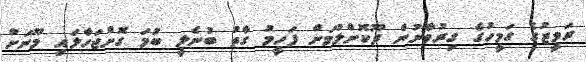
ރަމީޒުގެ ގަމީހުގެ ގިރުވާނުން ދޫކޮށްލުމަށް ފަހީމު ގާތު ބުނެލީ ބުމަ ގޮށްޖަހާލައި މޫނަށް